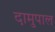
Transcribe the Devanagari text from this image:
दामुपाल